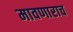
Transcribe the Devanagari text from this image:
मावणाराच